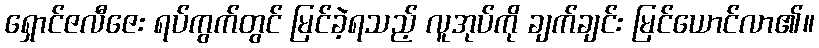
ရှောင်ဇလီဇေး ရပ်ကွက်တွင် မြင်ခဲ့ရသည့် လူအုပ်ကို ချက်ချင်း မြင်ယောင်လာ၏။